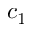
c _ { 1 }